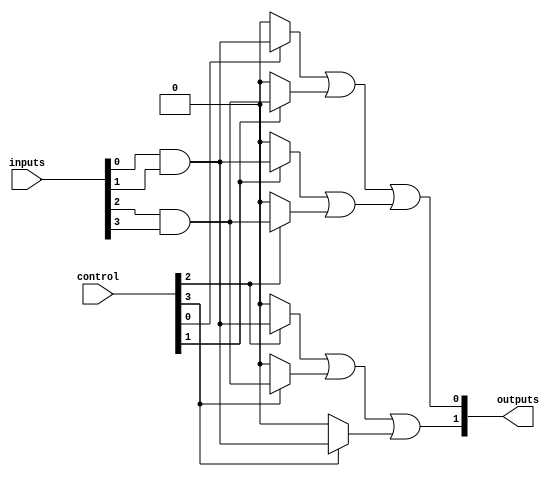
module CLB (
    input wire [N-1:0] inputs,      // N input lines
    input wire [M-1:0] control,      // Control signals for programmability
    output wire [P-1:0] outputs      // P output lines
);
    parameter N = 4;                 // Number of inputs
    parameter M = 4;                 // Number of AND gates (product terms)
    parameter P = 2;                 // Number of outputs

    // Internal signals for product terms
    wire [M-1:0] and_outputs;        // Outputs of AND gates
    wire [P-1:0] or_outputs;         // Outputs of OR gates

    // AND gate array (programmable)
    genvar i;
    generate
        for (i = 0; i < M; i = i + 1) begin : and_array
            // Each AND gate can be programmed based on control signals
            assign and_outputs[i] = (control[i] ? (inputs[0] & inputs[1]) : 1'b0) |
                                   (control[i + 1] ? (inputs[2] & inputs[3]) : 1'b0);
        end
    endgenerate

    // OR gates to combine product terms
    assign outputs[0] = and_outputs[0] | and_outputs[1]; // Example output logic
    assign outputs[1] = and_outputs[2] | and_outputs[3]; // Example output logic

endmodule